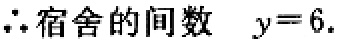
\(\therefore 宿舍的间数\ y = 6.\)